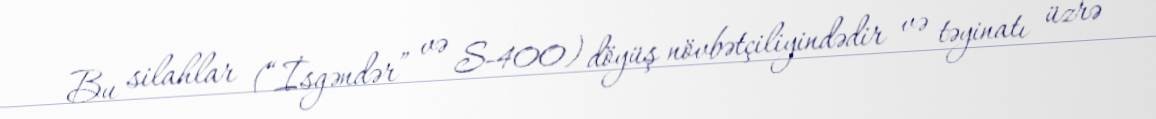
Bu silahlar (“İsgəndər” və S-400) döyüş növbətçiliyindədir və təyinatı üzrə